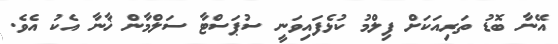
އޭނާ ބޮޑު ތަރިއަކަށް ފިލްމު ކުޅެފައިވަނީ ސުޕަސްޓާ ސަލްމާން ޚާނާ އެކު އެވެ.